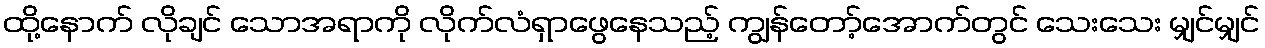
ထို့နောက် လိုချင် သောအရာကို လိုက်လံရှာဖွေနေသည့် ကျွန်တော့်အောက်တွင် သေးသေး မျှင်မျှင်